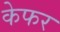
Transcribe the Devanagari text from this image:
केफर